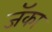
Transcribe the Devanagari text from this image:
जॅका